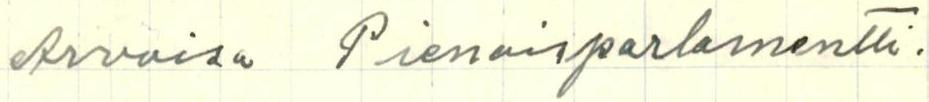
Arvoisa Pienoisparlamentti.